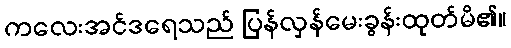
ကလေးအင်ဒရေသည် ပြန်လှန်မေးခွန်းထုတ်မိ၏။